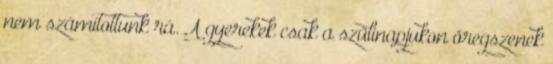
nem számítottunk rá. A gyerekek csak a szülinapjukon öregszenek